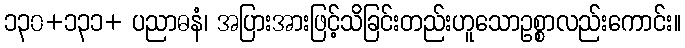
၁၃၀+၁၃၁+ ပညာဓနံ၊ အပြားအားဖြင့်သိခြင်းတည်းဟူသောဥစ္စာလည်းကောင်း။